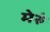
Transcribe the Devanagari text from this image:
मेरुं